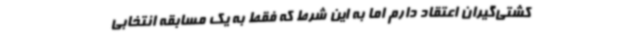
کشتی‌گیران اعتقاد دارم اما به این شرط که فقط به یک مسابقه انتخابی